Calcutta medical institutions reports 1871-78
Year: 1871
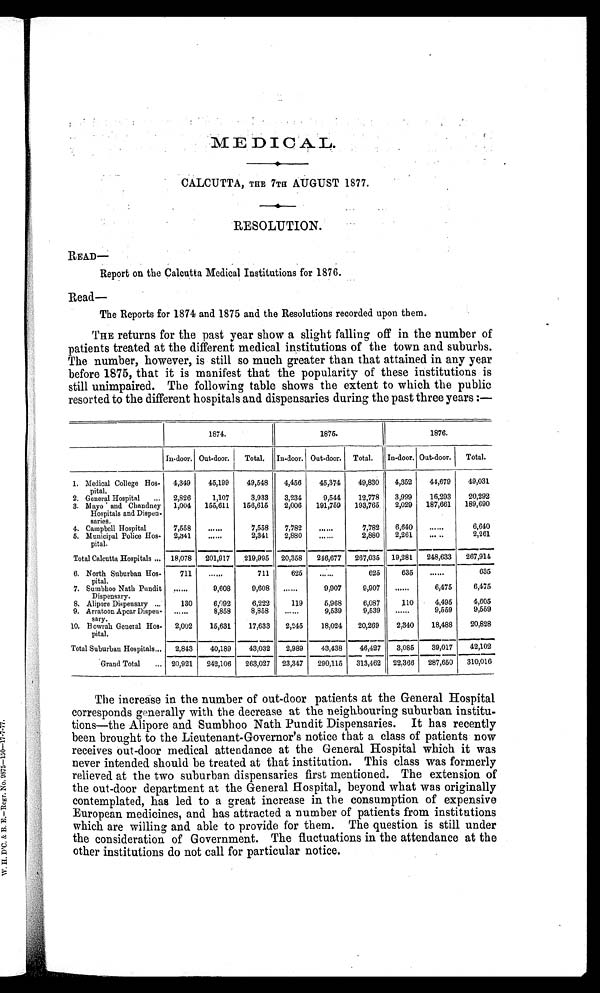
MEDICAL.
CALCUTTA, THE 7TH AUGUST 1877.
RESOLUTION.
READ—
Report on the Calcutta Medical Institutions for 1876.
Read—
The Reports for 1874 and 1875 and the Resolutions recorded upon them.
THE returns for the past year show a slight falling off in the number of
patients treated at the different medical institutions of the town and suburbs.
The number, however, is still so much greater than that attained in any year
before 1875, that it is manifest that the popularity of these institutions is
still unimpaired. The following table shows the extent to which the public
resorted to the different hospitals and dispensaries during the past three years:—
1874.
1875.
1876.
In-door. Out-door.
Total. In-door. Out-door. Total. In-door. Out-door. Total.
1. Medical College Hos-
pital.
4,349
45,199
49,548
4,456
45,374
49,830
4,352
44,679
49,031
2. General Hospital ... 2,826
1,107
3,933
3,234
9,544
12,778
3,999
16,293
20,292
3. Mayo and Chandney
Hospitals and Dispen-
saries.
1,004 155,611 156,615
2,006 191,759 193,765
2,029 187,661 189,690
4. Campbell Hospital
7,558
. . . . . .
7,558
7,782
. . . . . .
7,782
6,640
. . . . . .
6,640
5. Municipal Police Hos-
pital.
2,341
. . . . . .
2,341
2,880
. . . . . .
2,880
2,261
. . . . . .
2,261
Total Calcutta Hospitals ...
18,078 201,917
2 1 9 , 9 9 5
2 0 , 3 5 8
246,677
267,035 19,281
248,633
267,914
6. North Suburban Hos-
pital.
711
......
711
625
......
625
635
......
635
7. Sumbhoo Nath Pundit
Dispensary.
......
9,608
9,608
......
9,907
9,907 ......
6,475
6,475
8. Alipore Dispensary ...
130
6,092
6,222
119
5,968
6,087
110
4,495
4,605
9. Arratoon Apcar Dispen-
sary.
......
8,858
8,858
......
9,539
9,539
......
9,559
9,559
10. Howrah General Hos-
pital.
2,002
15,631
17,633
2,245
18,024
20,269
2,340
18,488
20,828
Total Suburban Hospitals... 2,843
40,189
43,032
2,989
43,438
46,427
3,085
39,017
42,102
Grand Total ... 20,921 242,106 263,027 23,347 290,115 313,462 22,366 287,650 310,016
The increase in the number of out-door patients at the General Hospital
corresponds generally with the decrease at the neighbouring suburban institu
-tions—the Alipore and Sumbhoo Nath Pundit Dispensaries. It has recently
been brought to the Lieutenant-Governor's notice that a class of patients now
receives out-door medical attendance at the General Hospital which it was
never intended should be treated at that institution. This class was formerly
relieved at the two suburban dispensaries first mentioned. The extension of
the out-door department at the General Hospital, beyond what was originally
contemplated, has led to a great increase in the consumption of expensive
European medicines, and has attracted a number of patients from institutions
which are willing and able to provide for them. The question is still under
the consideration of Government. The fluctuations in the attendance at the
other institutions do not call for particular notice.